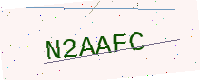
Text: N2AAFC